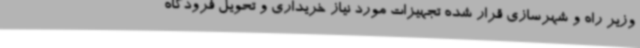
وزیر راه و شهرسازی قرار شده تجهیزات مورد نیاز خریداری و تحویل فرودگاه